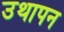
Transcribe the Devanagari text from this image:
उथापन